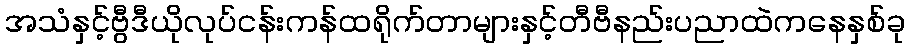
အသံနှင့်ဗွီဒီယိုလုပ်ငန်းကန်ထရိုက်တာများနှင့်တီဗီနည်းပညာထဲကနေနှစ်ခု